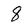
Character: 8